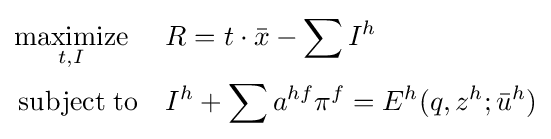
{\begin{aligned}&{\underset {t,I}{\operatorname {maximize} }}&&R=t\cdot {\bar {x}}-\sum I^{h}\\&\operatorname {subject\;to} &&I^{h}+\sum a^{hf}\pi ^{f}=E^{h}(q,z^{h};{\bar {u}}^{h})\\\end{aligned}}